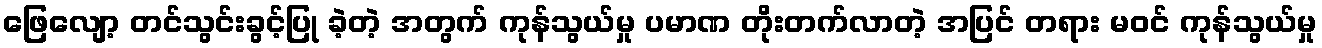
ဖြေလျော့ တင်သွင်းခွင့်ပြု ခဲ့တဲ့ အတွက် ကုန်သွယ်မှု ပမာဏ တိုးတက်လာတဲ့ အပြင် တရား မဝင် ကုန်သွယ်မှု